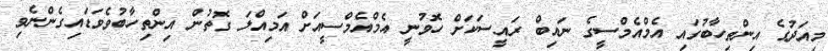
މިއަދުގެ އިންތިހާބުގައި އެމްއެމްސީގެ ނައިބް ރައީސަކަށް ހޮވުނީ އެމްއެމްސީއަށް އަމިއްލަ ގޮތުން އިންތިހާބުވެވަޑައިގެންނެވި